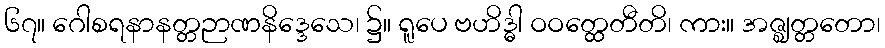
၆၇။ ဂေါစရနာနတ္တဉာဏနိဒ္ဒေသေ၊ ၌။ ရူပေ ဗဟိဒ္ဓါ ဝဝတ္ထေတီတိ၊ ကား။ အဇ္ဈတ္တတော၊